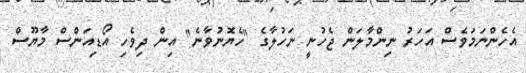
އެހެންނަމަވެސް އަހަރު ނިންމާލަން ޖެހުނީ ނަހުލާގެ "ހެޔޮނުވާނެ" އިން ދިވެހި އޯޑިއަންސް މާޔޫސް